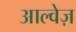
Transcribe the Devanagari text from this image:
आल्वेज़